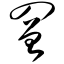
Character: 罾